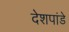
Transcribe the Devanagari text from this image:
देेशपांडे